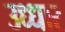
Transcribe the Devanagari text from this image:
उध्धार